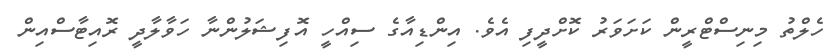
ހެލްތު މިނިސްޓްރީން ކަށަވަރު ކޮށްދީފި އެވެ. އިންޑިއާގެ ސިއްހީ އޮފިޝަލުންނާ ހަވާލާދީ ރޮއިޓާސްއިން